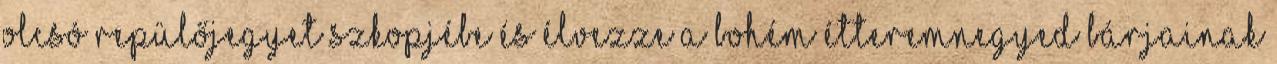
olcsó repülőjegyet Szkopjébe és élvezze a bohém étteremnegyed bárjainak